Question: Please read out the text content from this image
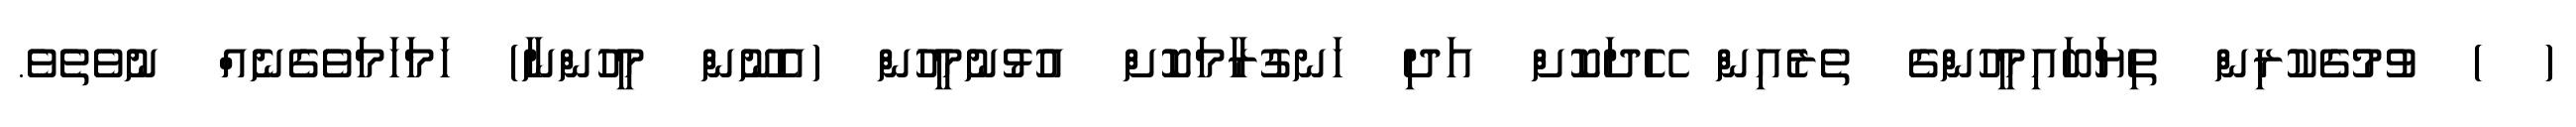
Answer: ( ) ވުމުގެކުރިން ތިޔަބައިމީހުންގެ ތެރެއިން ހޭދަކޮށް އަދި ހަނގުރާމަކޮށް އުޅުނުމީހުން (އެނޫން މީހުންނާ) ހަމަހަމަވެގެނެއް ނުވެތެވެ.